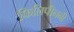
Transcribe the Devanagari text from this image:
फिलिपीननी